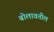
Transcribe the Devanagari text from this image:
बोलावतील